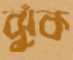
ঝুঁক